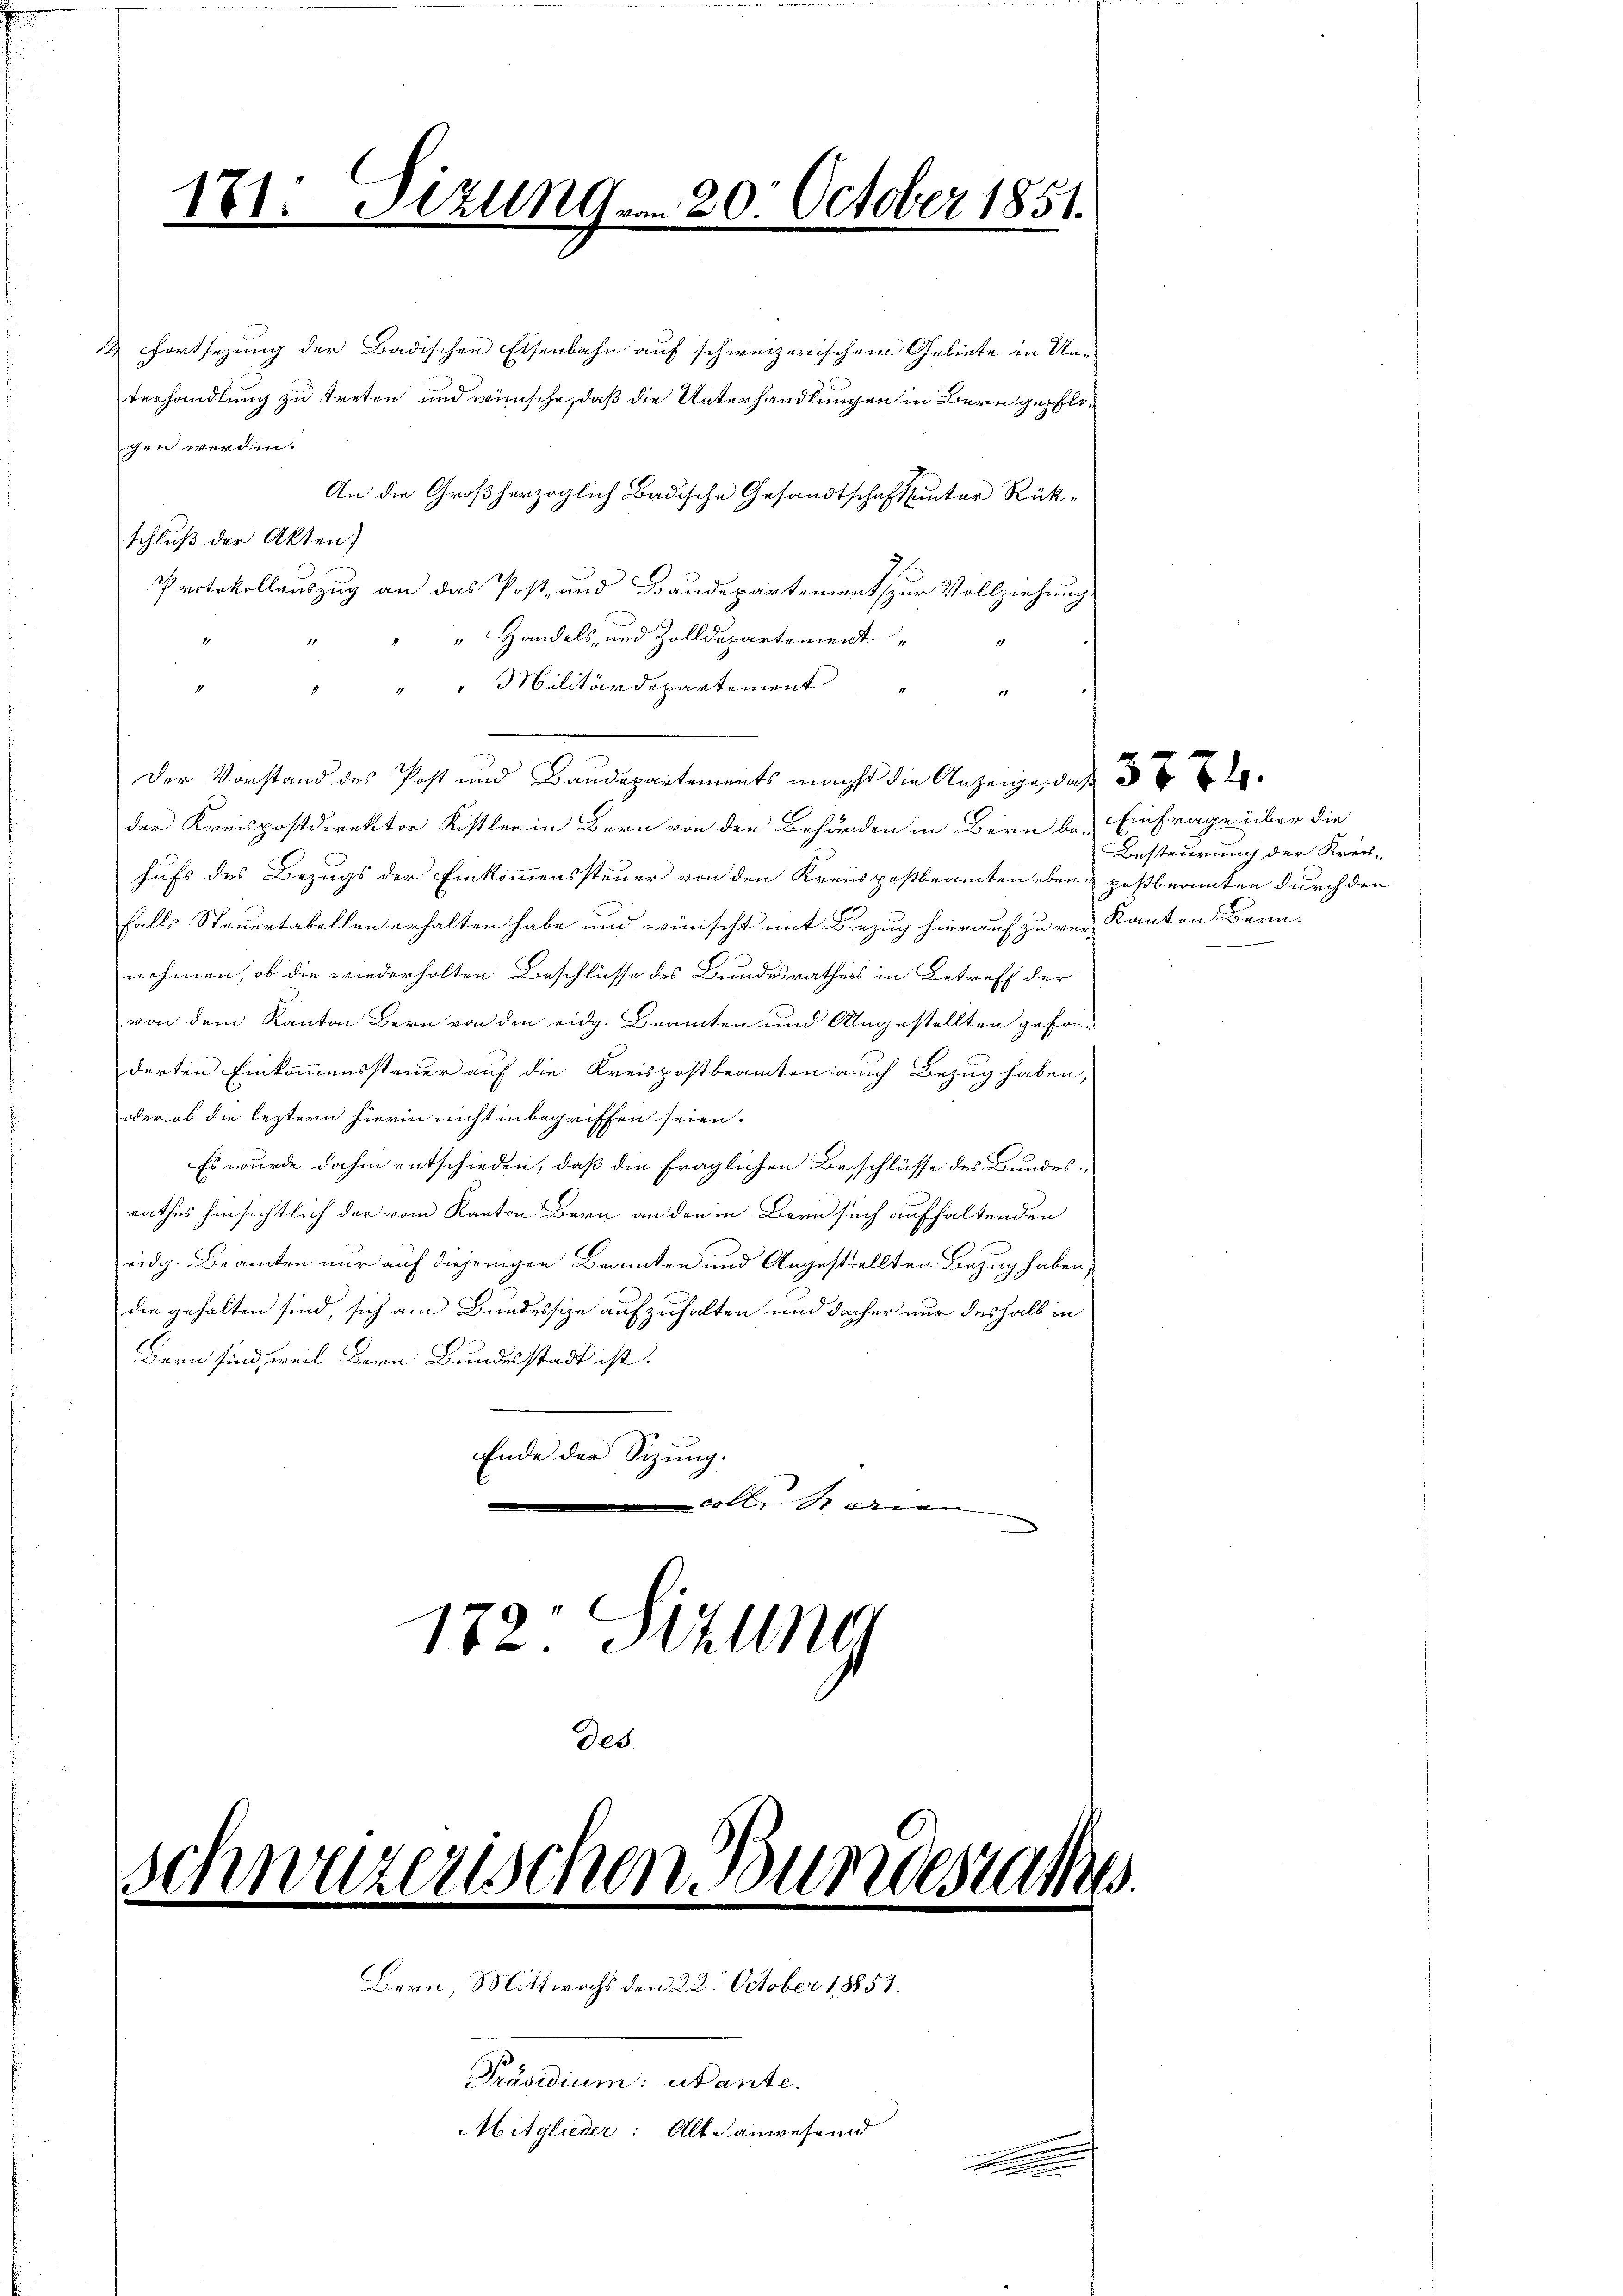
Fortsezung der Badischen Eisenbahn auf schweizerischen Gebiete in Unterhandlung zu treten und wünsche, daß die Unterhandlungen in Bern gepflogen werden.
An die Großherzoglich Badische Gesandtschaftsunter Rükschluß der Akten)
Protokollauszug an das Post- und Baudepartement zur Vollziehung
 Handels, und Zolldepartement
1
" " Militärdepartement
19
der Kreispostdirektor Kistler in Bern von den Behörden in Bern be- Einfrage über die
hufs des Bezugs der Einkommenssteuer von den Kreispostbeamten eben poßbeamten durch den
falls Steuertabellen erhalten habe und wünscht mit Bezug hierauf zu ver- Kanton Bern.
nehmen, ob die wiederholten Beschlüsse des Bundesrathess in Betreff der
von dem Kanton Bern von den eidg. Beamten und Angestellten geforderten Einkommenssteuer auf die Kreispostbeamten auch Bezug haben,
oder ob die leztern hierin nicht inbegriffen seien.
Es wurde dahin entschieden, daß die fraglichen Beschlüsse des Bundesrathes hinsichtlich der vom Kanton Bern an den in Bern such aufhaltenden
eidg. Beamten nur auf diejenigen Beamten und Angestellten Bezug haben,
die gehalten sind, sich am Bundessize aufzuhalten und daher nur deshalb in
Bern sind, weil Bern Bundesstadt ist.
Ende der Sitzung.
all. Marien
172. Btzung

1

181. Jungvon 20. October 1851.

1

des.

uzerischen Bundes.

Bern, Mittwochs den 22. October 18851.
Präsidium: utante.
Mitglieder: Alte anwesend

Der Vorstand des Post und Baudepartements nächst die Anzeige, daß

.
111

Besteurung der Kreis-